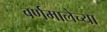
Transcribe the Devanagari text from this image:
वर्णमालेच्या